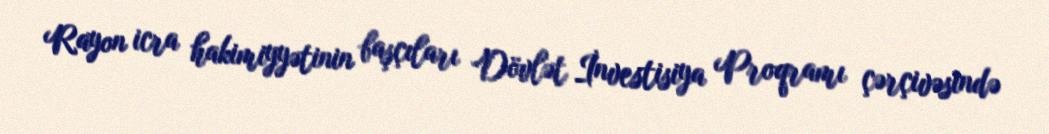
Rayon icra hakimiyyətinin başçıları Dövlət İnvestisiya Proqramı çərçivəsində